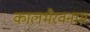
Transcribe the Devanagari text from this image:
कालभैरवनाम